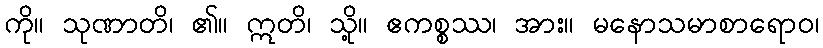
ကို။ သုဏာတိ၊ ၏။ ဣတိ၊ သို့။ ဧကစ္စဿ၊ အား။ မနောသမာစာရောဝ၊